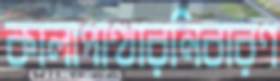
কালাপাত্থারনিবারণ